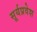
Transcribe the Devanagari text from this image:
सूर्यप्रवेश